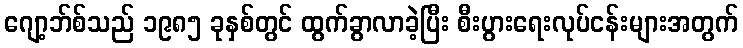
ဂျော့ဘ်စ်သည် ၁၉၈၅ ခုနှစ်တွင် ထွက်ခွာလာခဲ့ပြီး စီးပွားရေးလုပ်ငန်းများအတွက်